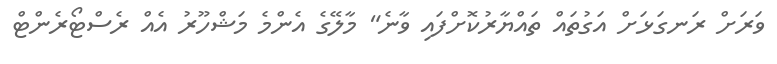
ވަރަށް ރަނގަޅަށް އަގުތައް ތައްޔާރުކޮށްފައި ވާނެ" މާލޭގެ އެންމެ މަޝްހޫރު އެއް ރެސްޓޯރެންޓް